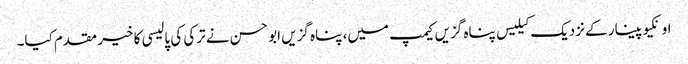
اونکیوپینار کے نزدیک کیلیس پناہ گزیں کیمپ میں، پناہ گزیں ابو حسن نے ترکی کی پالیسی کا خیر مقدم کیا۔